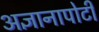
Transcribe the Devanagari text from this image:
अज्ञानापोटी